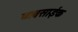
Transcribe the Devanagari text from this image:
व्यवसाईक